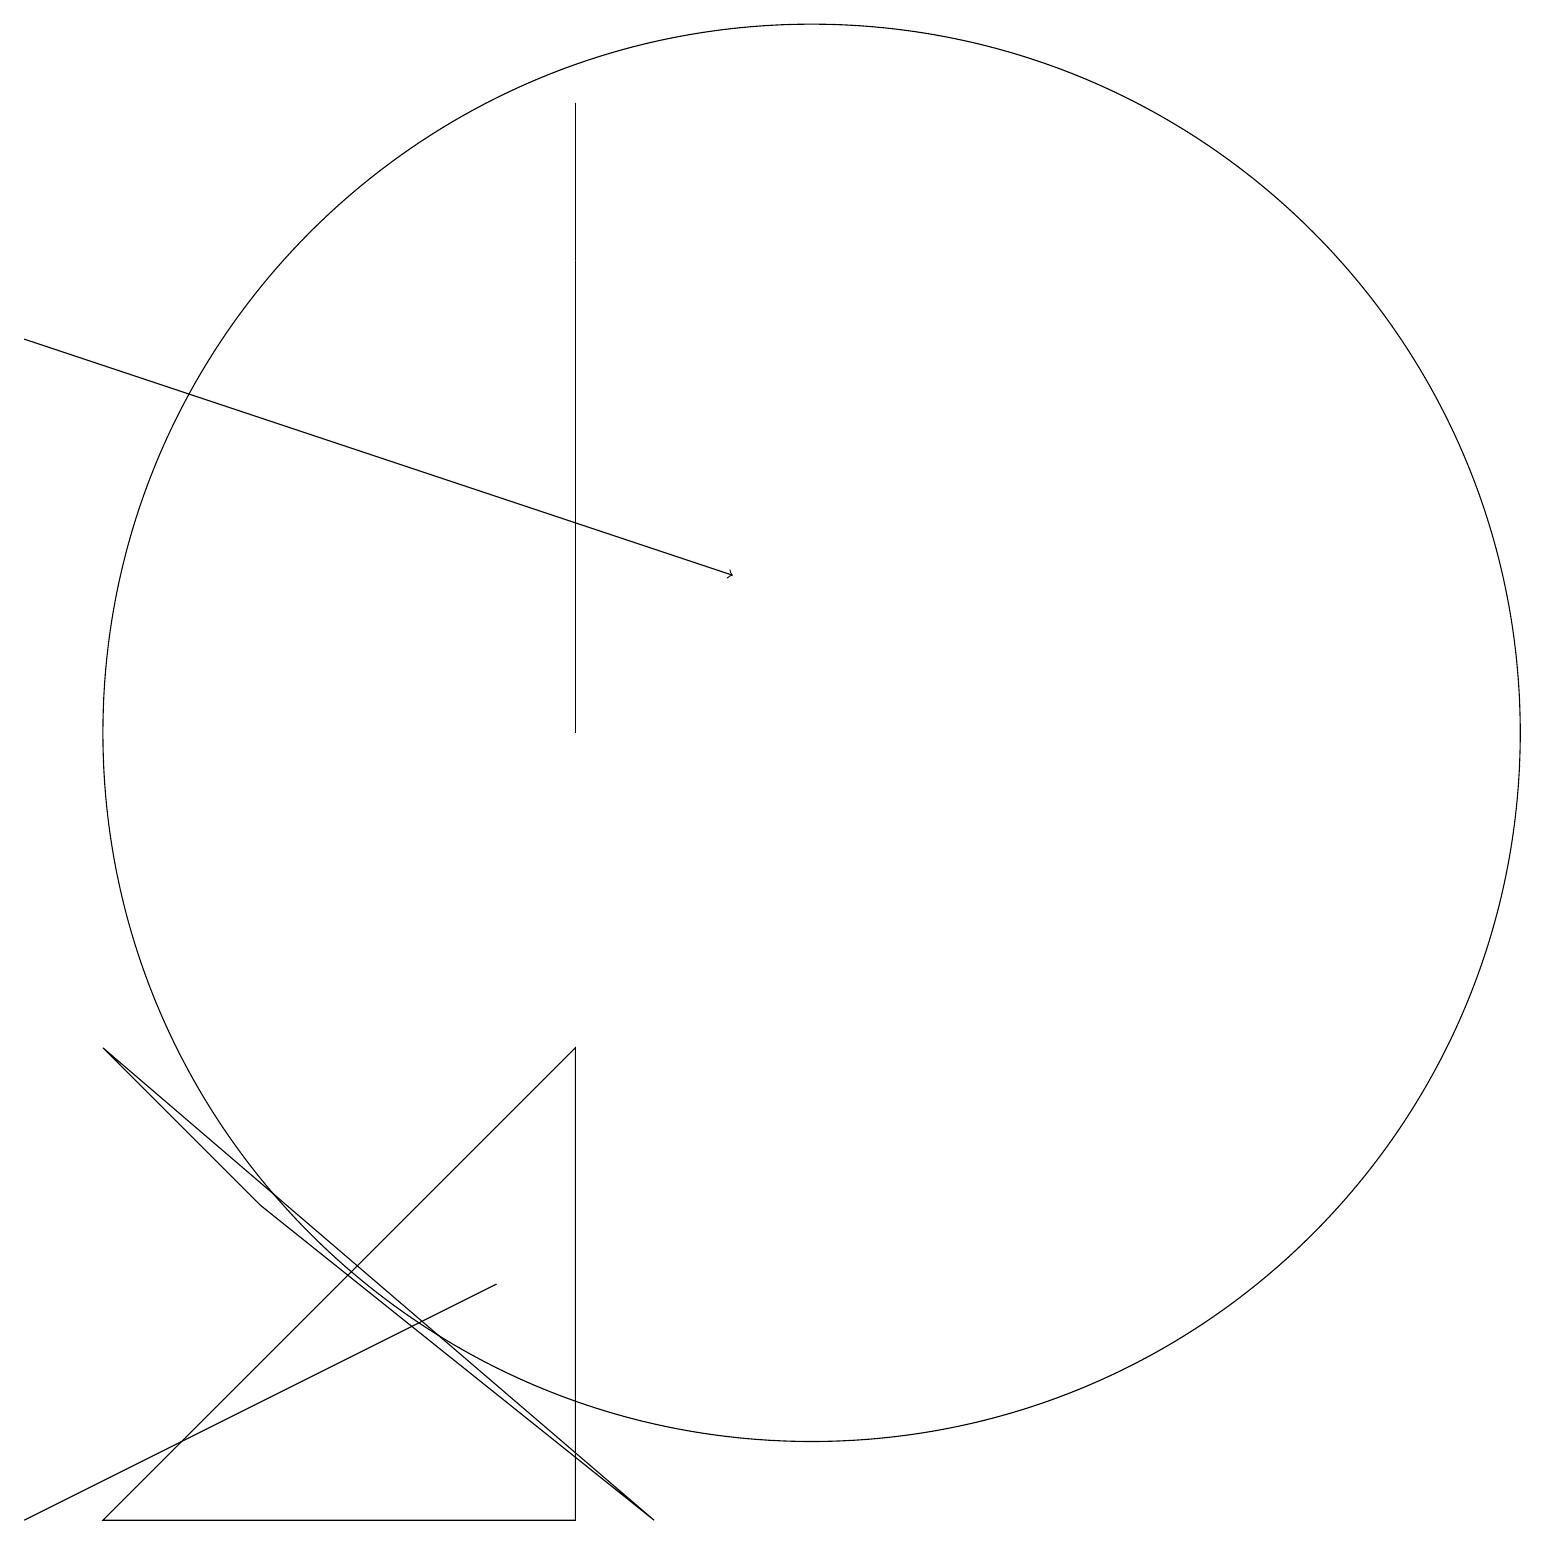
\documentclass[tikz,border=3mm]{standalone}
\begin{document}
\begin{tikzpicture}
\draw[->] (0,16) -- (9,13);
\draw (3,5) -- (8,1) -- (1,7) -- cycle;
\draw (7,7) -- (1,1) -- (7,1) -- cycle;
\draw (7,17) rectangle (7,19);
\draw (10,11) circle (9);
\draw (4,3) -- (0,1) -- (6,4) -- cycle;
\draw (7,11) rectangle (7,17);
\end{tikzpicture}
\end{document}